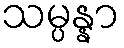
သမ္ပန္နာ